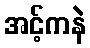
အင့်ကနဲ